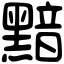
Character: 黯